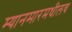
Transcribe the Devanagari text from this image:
म्यानमारमधीलच